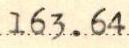
163.64